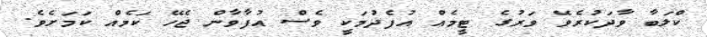
ކްލަބާ ވާދަކުރެވޭ ވަރުގެ ޓީމެއް އުފެދުމަކީ ވެސް އުފާވާން ޖެހޭ ކަމެއް ކަމަށެވެ.